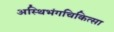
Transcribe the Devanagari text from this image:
अस्थिभंगचिकित्सा